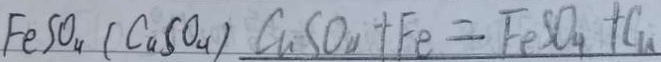
F e S O _ { 4 } ( C a S O _ { 4 } ) C u S O _ { 4 } + F e = F e S O _ { 4 } + C u